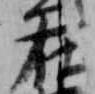
在